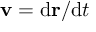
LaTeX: \mathbf { v } = \mathrm { d } \mathbf { r } / \mathrm { d } t